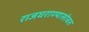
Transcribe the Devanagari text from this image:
राजघराण्यासोबत